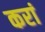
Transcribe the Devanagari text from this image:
करां